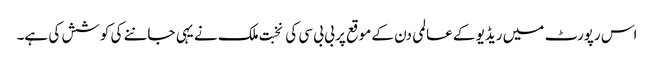
اس رپورٹ میں ریڈیو کے عالمی دن کے موقع پر بی بی سی کی نخبت ملک نے یہی جاننے کی کوشش کی ہے۔